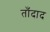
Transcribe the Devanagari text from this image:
ताँदाद